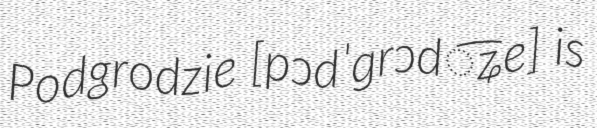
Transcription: Podgrodzie [pɔdˈɡrɔd͡ʑe] is